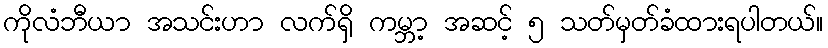
ကိုလံဘီယာ အသင်းဟာ လက်ရှိ ကမ္ဘာ့ အဆင့် ၅ သတ်မှတ်ခံထားရပါတယ်။